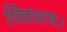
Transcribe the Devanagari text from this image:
पित्ताशय।